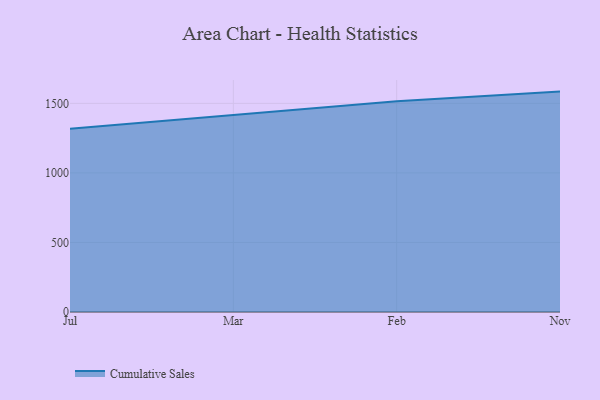
{"axis": {"x": "Month", "y": "Demand Index"}, "legend": ["Cumulative Sales"], "data": [{"x": "Jul", "y": 1317.9, "type": "Cumulative Sales"}, {"x": "Mar", "y": 1417.5, "type": "Cumulative Sales"}, {"x": "Feb", "y": 1514.8, "type": "Cumulative Sales"}, {"x": "Nov", "y": 1584.6, "type": "Cumulative Sales"}]}